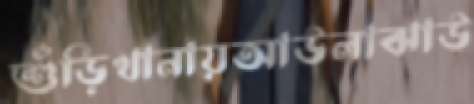
শুঁড়িখানায়আউলাঝাউ